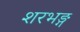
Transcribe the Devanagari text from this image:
शरभङ्ग